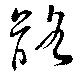
骼